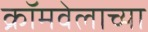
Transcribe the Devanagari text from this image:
क्रॉमवेलाच्या